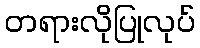
တရားလိုပြုလုပ်